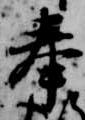
奉